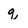
Character: q